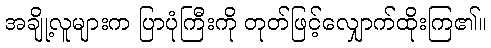
အချို့လူများက ပြာပုံကြီးကို တုတ်ဖြင့်လျှောက်ထိုးကြ၏။